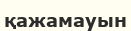
қажамауын